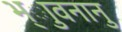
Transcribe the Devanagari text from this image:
भ्ाुवनानु